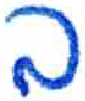
אות: ב